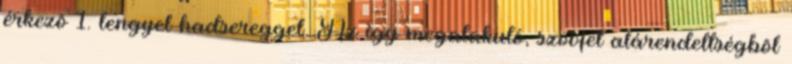
érkezõ 1. lengyel hadsereggel. Az így megalakuló, szovjet alárendeltségbõl